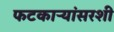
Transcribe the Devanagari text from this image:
फटकाऱ्यांसरशी